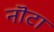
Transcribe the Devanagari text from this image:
नॊटा